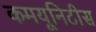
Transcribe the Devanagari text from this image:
कमयूनिटीस